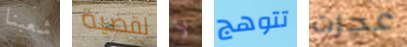
شعبنا لقضية لأ تتوهج عجزت